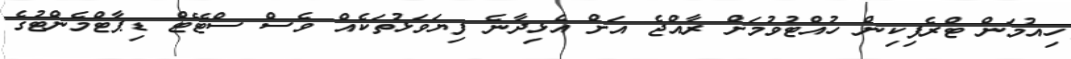
ހިއުމަން ޓްރެފިކިން ހުއްޓުވުމަށް ރާއްޖެ އަށް އެޅިދާނެ ފިޔަވަޅުތަކެއް ވެސް ސްޓޭޓް ޑިޕާޓްމެންޓުގެ